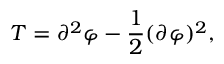
T = \partial ^ { 2 } \varphi - \frac { 1 } { 2 } ( \partial \varphi ) ^ { 2 } ,